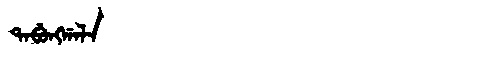
Manchu: ᡨᠠᠪᡠᠩᡤᠠᠯᠠ
Romanization: TABUNGGALA